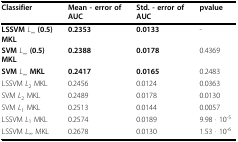
| Classifier | Mean - error of AUC | Std. - error of AUC | pvalue |
 | --- | --- | --- | --- |
 | LSSVM L∞ (0.5) MKL | 0.2353 | 0.0133 | - |
 | SVM L∞ (0.5) MKL | 0.2388 | 0.0178 | 0.4369 |
 | SVM L∞ MKL | 0.2417 | 0.0165 | 0.2483 |
 | LSSVM L2 MKL | 0.2456 | 0.0124 | 0.0363 |
 | SVM L2 MKL | 0.2489 | 0.0178 | 0.0130 |
 | SVM L1 MKL | 0.2513 | 0.0144 | 0.0057 |
 | LSSVM L1 MKL | 0.2574 | 0.0189 | 9.98 · 10-5 |
 | LSSVM L∞ MKL | 0.2678 | 0.0130 | 1.53 · 10-6 |